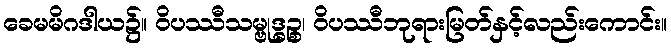
ခေမမိဂဒါယ၌။ ဝိပဿီသမ္ဗုဒ္ဓဉ္စ၊ ဝိပဿီဘုရားမြတ်နှင့်လည်းကောင်း။